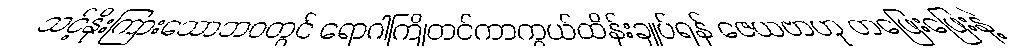
သင့်နိုးကြားသောဘဝတွင် ရောဂါကြိုတင်ကာကွယ်ထိန်းချုပ်ရန် ဇေယဗာဟု တဖြေးဖြေးနဲ့